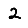
Digit: 2